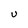
Character: U